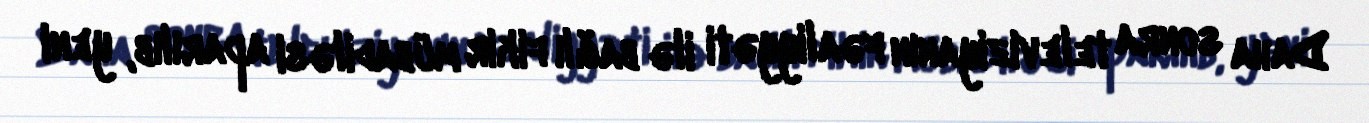
Daha sonra televiziyanın fəaliyyəti ilə bağlı fikir mübadiləsi aparılıb, yeni